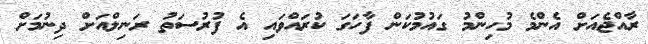
ރާއްޖެއަށް އެންމެ މުހިންމު ގައުމުކަން ފާހަގަ ކުރައްވައި އެ ފުރުސަތު ރަނިލްއަށް ދިނުމަށް